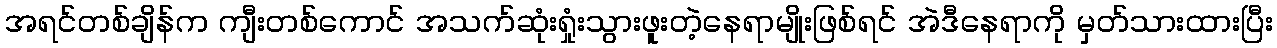
အရင်တစ်ချိန်က ကျီးတစ်ကောင် အသက်ဆုံးရှုံးသွားဖူးတဲ့နေရာမျိုးဖြစ်ရင် အဲဒီနေရာကို မှတ်သားထားပြီး